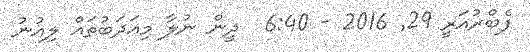
ފެބްރުއަރީ 29